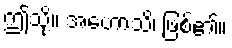
ဤသို့။ အဟောသိ၊ ဖြစ်၏။